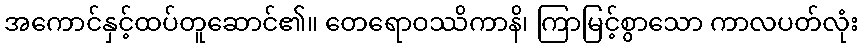
အကောင်နှင့်ထပ်တူဆောင်၏။ တေရောဝဿိကာနိ၊ ကြာမြင့်စွာသော ကာလပတ်လုံး